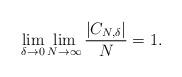
LaTeX: \begin{align*} \lim_{\delta \to 0} \lim_{N \to \infty} \frac{|C_{N, \delta}|}{N} = 1.\end{align*}